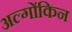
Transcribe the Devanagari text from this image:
अल्गोंकिन